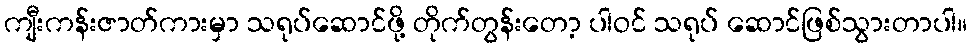
ကျီးကန်းဇာတ်ကားမှာ သရုပ်ဆောင်ဖို့ တိုက်တွန်းတော့ ပါဝင် သရုပ် ဆောင်ဖြစ်သွားတာပါ။